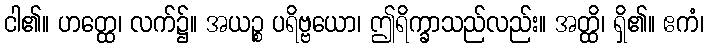
ငါ၏။ ဟတ္ထေ၊ လက်၌။ အယဉ္စ ပရိဗ္ဗယော၊ ဤရိက္ခာသည်လည်း။ အတ္ထိ၊ ရှိ၏။ ဧကံ၊